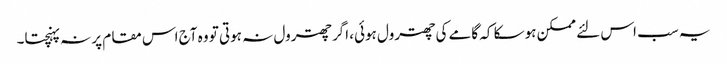
یہ سب اس لئے ممکن ہوسکا کہ گامے کی چھترول ہوئی، اگر چھترول نہ ہوتی تو وہ آج اس مقام پر نہ پہنچتا۔